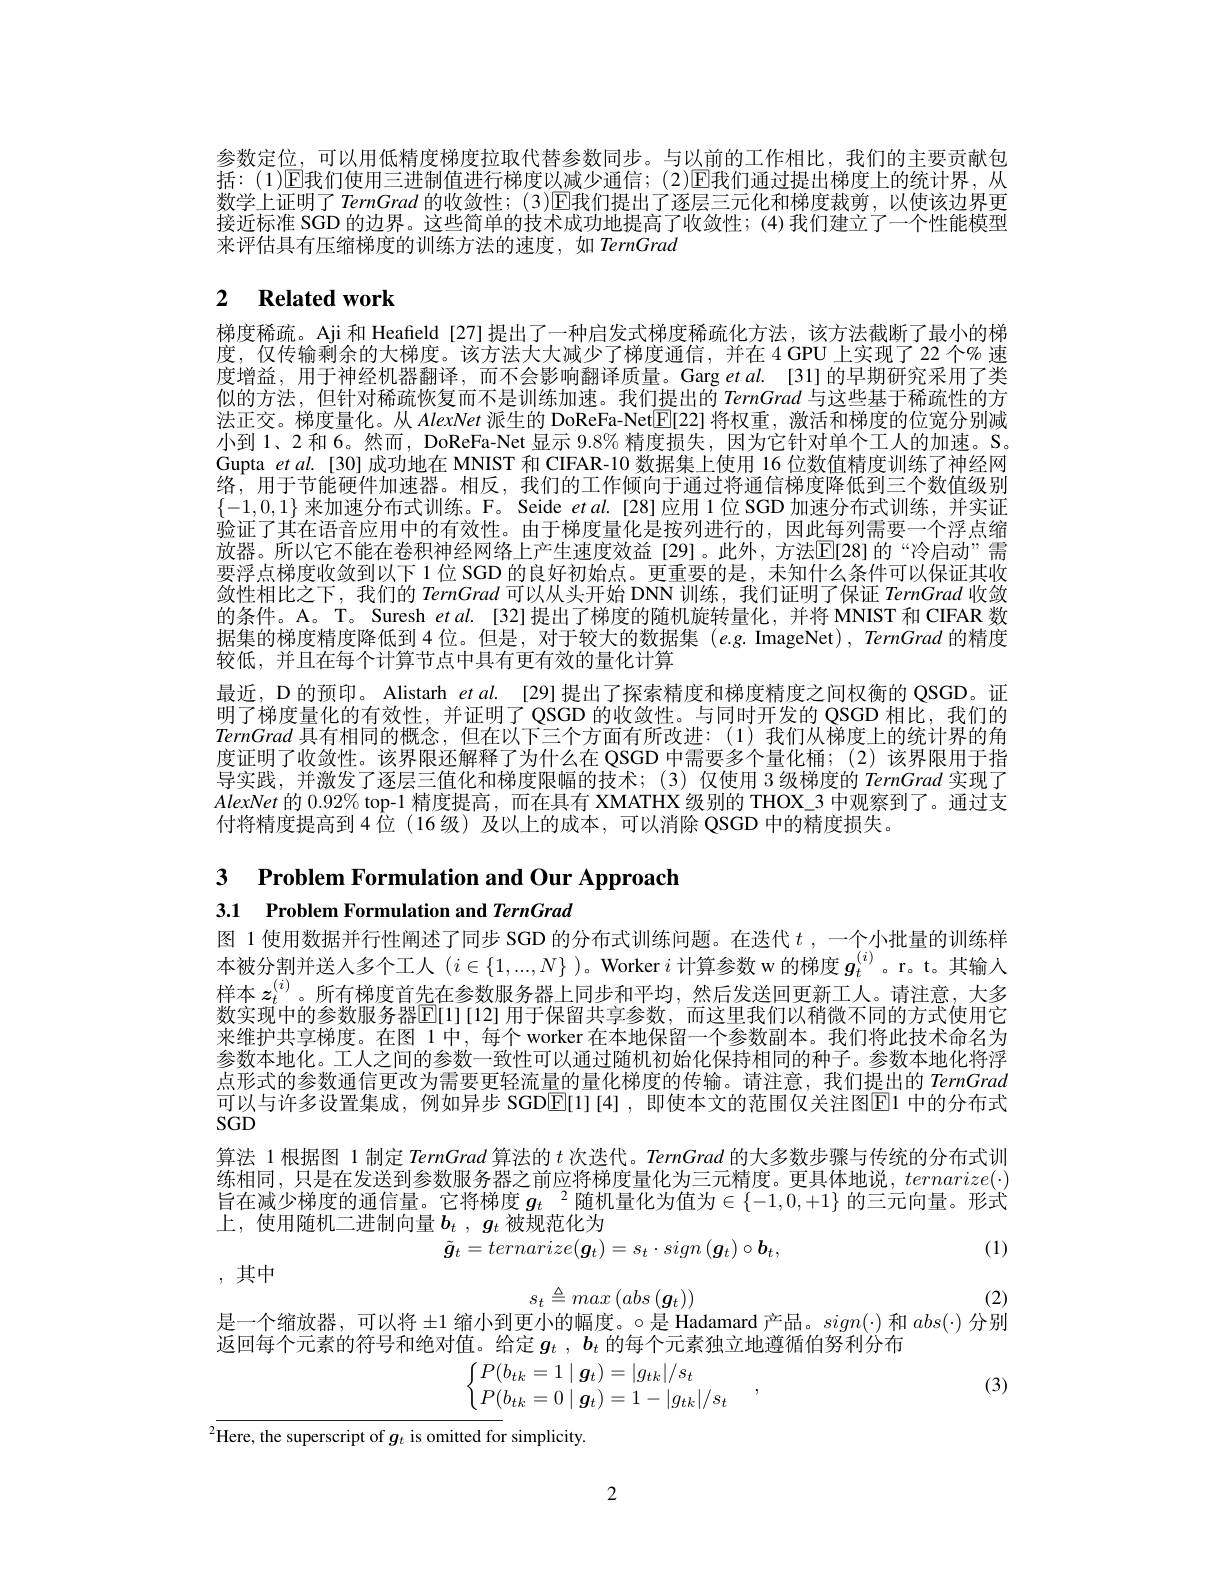
参数定位，可以用低精度梯度拉取代替参数同步。与以前的工作相比，我们的主要贡献包括：(1)E我们使用三进制值进行梯度以减少通信；(2)E我们通过提出梯度上的统计界，从数学上证明了 TernGrad 的收敛性；(3)E我们提出了逐层三元化和梯度裁剪，以使该边界更接近标准 SGD 的边界。这些简单的技术成功地提高了收敛性；(4)我们建立了一个性能模型来评估具有压缩梯度的训练方法的速度，如 TernGrad

# 2 Related work

梯度稀疏。Aji 和 Heafield[27]提出了一种启发式梯度稀疏化方法，该方法截断了最小的梯度，仅传输剩余的大梯度。该方法大大减少了梯度通信，并在 4 GPU 上实现了 22 个% 速度增益，用于神经机器翻译，而不会影响翻译质量。Garg $etal.$ [31]的早期研究采用了类似的方法，但针对稀疏恢复而不是训练加速。我们提出的TernGrad与这些基于稀疏性的方法正交。梯度量化。从 AlexNet 派生的 DoReFa-Net$\boxed{\mathbb{E}}$[22] 将权重，激活和梯度的位宽分别减小到1、2和6。然而，DoReFa-Net 显示 9.8% 精度损失，因为它针对单个工人的加速。S。Gupta et al.[30] 成功地在 MNIST 和 CIFAR-10 数据集上使用 16 位数值精度训练了神经网络，用于节能硬件加速器。相反，我们的工作倾向于通过将通信梯度降低到三个数值级别$\{-1,0,1\}$来加速分布式训练。F。Seide $etal.$[28]应用1位 SGD 加速分布式训练，并实证验证了其在语音应用中的有效性。由于梯度量化是按列进行的，因此每列需要一个浮点缩放器。所以它不能在卷积神经网络上产生速度效益[29]。此外，方法E[28]的“冷启动”需要浮点梯度收敛到以下 1位 SGD 的良好初始点。更重要的是，未知什么条件可以保证其收敛性相比之下，我们的 TernGrad 可以从头开始 DNN 训练，我们证明了保证 TernGrad 收敛的条件。A。T。Suresh et al.[32]提出了梯度的随机旋转量化，并将 MNIST 和 CIFAR 数据集的梯度精度降低到 4 位。但是，对于较大的数据集 (e.g. ImageNet), TernGrad 的精度较低，并且在每个计算节点中具有更有效的量化计算
最近，D 的预印。Alistarh $etal.$ [29]提出了探索精度和梯度精度之间权衡的 QSGD。证明了梯度量化的有效性，并证明了 QSGD 的收敛性。与同时开发的 QSGD 相比，我们的TernGrad具有相同的概念，但在以下三个方面有所改进：(1)我们从梯度上的统计界的角度证明了收敛性。该界限还解释了为什么在 QSGD 中需要多个量化桶；(2)该界限用于指导实践，并激发了逐层三值化和梯度限幅的技术；(3)仅使用 3 级梯度的 TernGrad 实现了AlexNet的 0.92% top-1 精度提高，而在具有 XMATHX 级别的 THOX\_3 中观察到了。通过支付将精度提高到4位(16级)及以上的成本，可以消除 QSGD 中的精度损失。

3 $\textbf{Problem Formulation and Our Approach}$
3.1 Problem Formulation and TernGrad

图 1 使用数据并行性阐述了同步 SGD 的分布式训练问题。在迭代$t$ ,一个小批量的训练样本被分割并送入多个工人$(i\in\{1,...,N\}$ )。Worker $i$计算参数 w 的梯度$g_t^{(i)}$ 。r。t。其输人样本$z_t^{(i)}$。所有梯度首先在参数服务器上同步和平均，然后发送回更新工人。请注意，大多数实现中的参数服务器$\boxed{\mathrm{E}}[1]$[12]用于保留共享参数，而这里我们以稍微不同的方式使用它来维护共享梯度。在图 1 中，每个 worker 在本地保留一个参数副本。我们将此技术命名为参数本地化。工人之间的参数一致性可以通过随机初始化保持相同的种子。参数本地化将浮点形式的参数通信更改为需要更轻流量的量化梯度的传输。请注意，我们提出的 TernGrad 可以与许多设置集成，例如异步 SGDE[1][4], 即使本文的范围仅关注图E1 中的分布式$SGD$
算法 1 根据图 1 制定TernGrad算法的$t$次迭代。TernGrad 的大多数步骤与传统的分布式训练相同，只是在发送到参数服务器之前应将梯度量化为三元精度。更具体地说，$ternarize(\cdot)$ 旨在减少梯度的通信量。它将梯度 $g_t$ 2随机量化为值为$\in\{-1,0,+1\}$ 的三元向量。形式上，使用随机二进制向量$b_t$ , $\bar {g_t\text{ 被 规 范 化 为 }}$
(1)
$\tilde{\boldsymbol{g}}_t=ternarize(\boldsymbol{g}_t)=s_t\cdot sign\left(\boldsymbol{g}_t\right)\circ\boldsymbol{b}_t$,

,其中
$$s_{t}\triangleq max\left(abs\left(\boldsymbol{g}_{t}\right)\right)$$
是一个缩放器，可以将$\pm1$缩小到更小的幅度。$\circ$是 Hadamard 产品。$sign(\cdot)$和$abs(\cdot)$分别

(2)

返回每个元素的符号和绝对值。给定$g_t,\boldsymbol{b}_t$ 的每个元素独立地遵循伯努利分布
$$\begin{aligned}&P(b_{tk}=1\mid\boldsymbol{g}_{t})=|g_{tk}|/s_{t}\\&P(b_{tk}=0\mid\boldsymbol{g}_{t})=1-|g_{tk}|/s_{t}\end{aligned},$$
(3)

$^{2}$Here, the superscript of $g_t$ is omitted for simplicity.

2